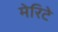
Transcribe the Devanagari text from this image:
मेरिटे